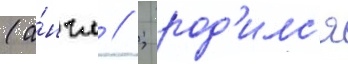
(а́нгл // ; род'илс'я